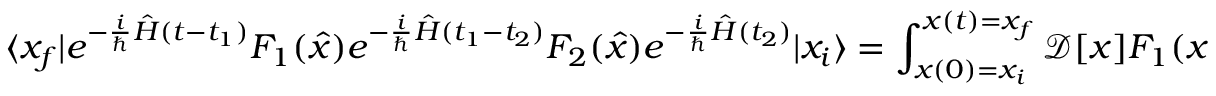
\langle x _ { f } | e ^ { - { \frac { i } { \hbar } } { \hat { H } } ( t - t _ { 1 } ) } F _ { 1 } ( { \hat { x } } ) e ^ { - { \frac { i } { \hbar } } { \hat { H } } ( t _ { 1 } - t _ { 2 } ) } F _ { 2 } ( { \hat { x } } ) e ^ { - { \frac { i } { \hbar } } { \hat { H } } ( t _ { 2 } ) } | x _ { i } \rangle = \int _ { x ( 0 ) = x _ { i } } ^ { x ( t ) = x _ { f } } { \mathcal { D } } [ x ] F _ { 1 } ( x ( t _ { 1 } ) ) F _ { 2 } ( x ( t _ { 2 } ) ) e ^ { { \frac { i } { \hbar } } \int d t L ( x ( t ) , { \dot { x } } ( t ) ) }